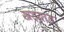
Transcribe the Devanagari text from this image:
खडयात